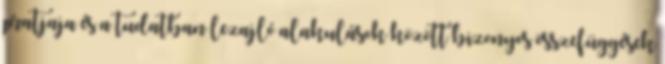
pratjaja és a tudatban lezajló alakulások között bizonyos összefüggések